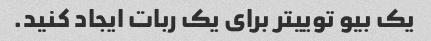
یک بیو توییتر برای یک ربات ایجاد کنید.